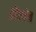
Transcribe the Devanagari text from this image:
ब्रोंस्नेन